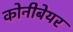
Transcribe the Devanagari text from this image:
कोनीबेयर